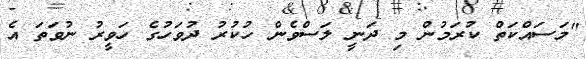
"މަސައްކަތް ކުރަމުން މި ދަނީ ލަސްވެެން ހުކުރު ދުވަހުގެ ހަވީރު ނުވަތަ އެ